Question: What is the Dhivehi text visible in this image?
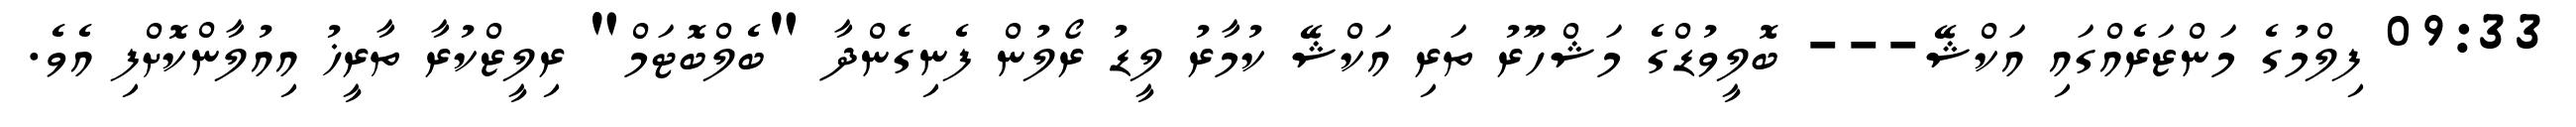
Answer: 09:33 ފިލްމުގެ މަންޒަރެއްގައި އަކްޝޭ--- ބޮލީވުޑްގެ މަޝްހޫރު ތަރި އަކްޝޭ ކުމާރު ލީޑު ރޯލުން ފެނިގެންދާ "ބެލްބޮޓަމް" ރިލީޒްކުރާ ތާރީޚު އިއުލާންކޮށްފި އެވެ.